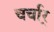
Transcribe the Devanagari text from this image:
चर्चार्